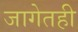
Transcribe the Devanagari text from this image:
जागेतही